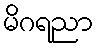
မိဂရညာ